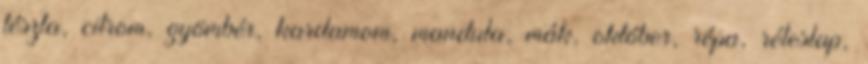
tészta, citrom, gyömbér, kardamom, mandula, mák, október, répa, réteslap,